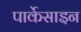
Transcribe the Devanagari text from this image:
पार्केसाइन